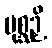
ပုစ္ဆဉှိ